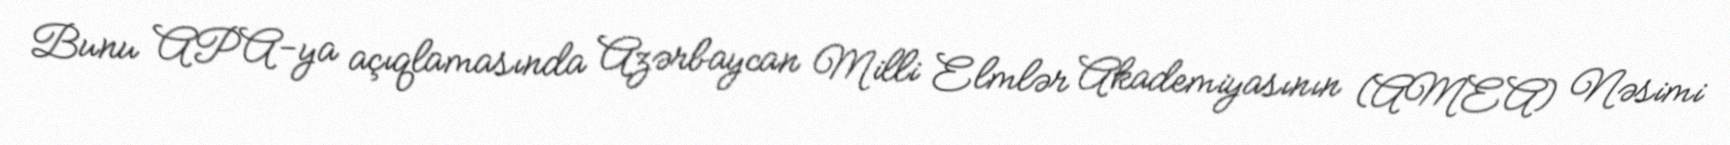
Bunu APA-ya açıqlamasında Azərbaycan Milli Elmlər Akademiyasının (AMEA) Nəsimi